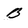
Character: B